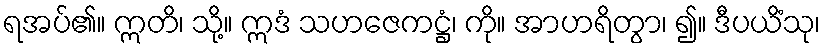
ရအပ်၏။ ဣတိ၊ သို့။ ဣဒံ သဟဇေကဋ္ဌံ၊ ကို။ အာဟရိတွာ၊ ၍။ ဒီပယိံသု၊